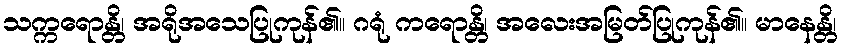
သက္ကရောန္တိ၊ အရိုအသေပြုကုန်၏။ ဂရုံ ကရောန္တိ၊ အလေးအမြတ်ပြုကုန်၏။ မာနေန္တိ၊